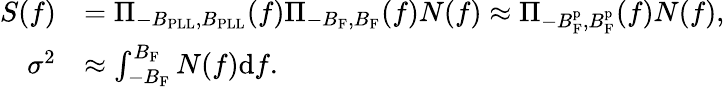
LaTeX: \begin{array}{rl}{S(f)}&{=\Pi_{-B_{\mathrm{PLL}},B_{\mathrm{PLL}}}(f)\Pi_{-B_{\mathrm{F}},B_{\mathrm{F}}}(f)N(f)\approx\Pi_{-B_{\mathrm{F}}^{\mathrm{p}},B_{\mathrm{F}}^{\mathrm{p}}}(f)N(f),}\\ {\sigma^{2}}&{\approx\int_{-B_{\mathrm{F}}}^{B_{\mathrm{F}}}N(f)\mathrm{d}f.}\end{array}